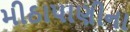
મીઠાપાણીના